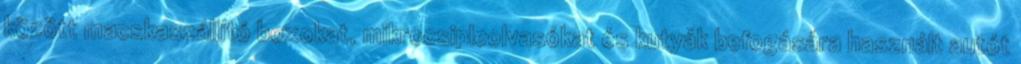
között macskaszállító boxokat, mikrocsipleolvasókat és kutyák befogására használt autót